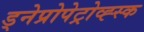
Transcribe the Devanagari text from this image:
ड्नेप्रोपेट्रोव्ह्स्क